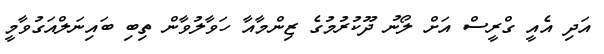
އަދި އެއީ ގްރީސް އަށް ލޯނު ދޫކުރުމުގެ ޒިންމާއާ ހަވާލުވާން ތިބި ބައިނަލްއަގުވާމީ